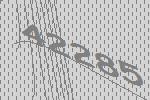
42285